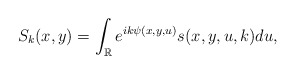
\begin{align*}S_k(x,y)=\int_{\mathbb{R}} e^{ik\psi(x,y,u)}s(x,y,u,k)du,\end{align*}